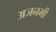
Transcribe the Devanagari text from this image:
अजनभी